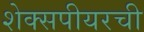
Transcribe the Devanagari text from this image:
शेक्सपीयरची